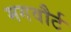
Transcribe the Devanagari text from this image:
मगवौर्ट